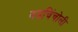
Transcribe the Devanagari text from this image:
वडचिंचोली